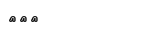
١٣٤